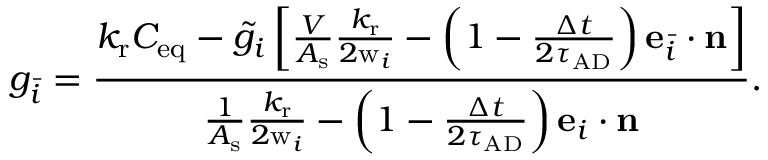
g _ { \bar { i } } = \frac { { k _ { \mathrm { r } } C _ { \mathrm { e q } } - \tilde { g } _ { i } \left[ { \frac { V } { A _ { \mathrm { s } } } { \frac { k _ { \mathrm { r } } } { 2 \mathrm { w } _ { i } } } - \left( 1 - { \frac { \Delta t } { 2 \tau _ { \mathrm { A D } } } } \right) \mathbf { e } _ { \bar { i } } \cdot \mathbf { n } } \right] } } { { \frac { 1 } { A _ { \mathrm { s } } } { \frac { k _ { \mathrm { r } } } { 2 \mathrm { w } _ { i } } } - \left( 1 - { \frac { \Delta t } { 2 \tau _ { \mathrm { A D } } } } \right) \mathbf { e } _ { i } \cdot \mathbf { n } } } .